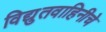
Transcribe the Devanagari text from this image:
विद्युतवाहिनीचे